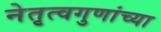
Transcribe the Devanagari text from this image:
नेतृत्वगुणांच्या